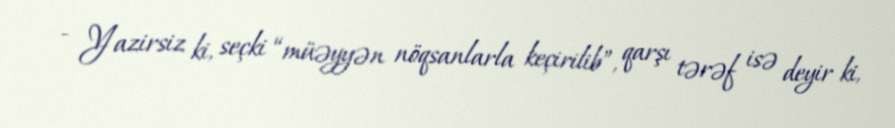
- Yazirsiz ki, seçki “müəyyən nöqsanlarla keçirilib”, qarşı tərəf isə deyir ki,